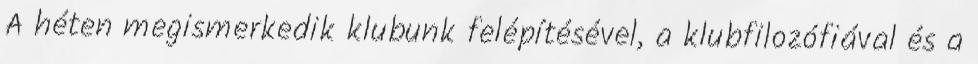
A héten megismerkedik klubunk felépítésével, a klubfilozófiával és a